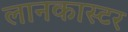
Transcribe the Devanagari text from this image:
लानकास्टर